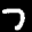
Label: 7